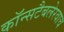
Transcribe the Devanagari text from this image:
कॉन्सटैबलेरवाच